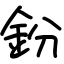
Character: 鈖